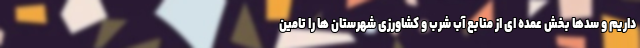
داریم و سدها بخش عمده ای از منابع آب شرب و کشاورزی شهرستان ها را تامین